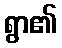
ရွာ၏